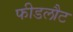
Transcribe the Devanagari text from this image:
फीडलौट